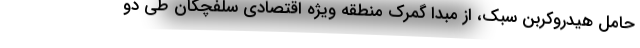
حامل هیدروکربن سبک، از مبدا گمرک منطقه ویژه اقتصادی سلفچگان طی دو